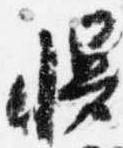
幔